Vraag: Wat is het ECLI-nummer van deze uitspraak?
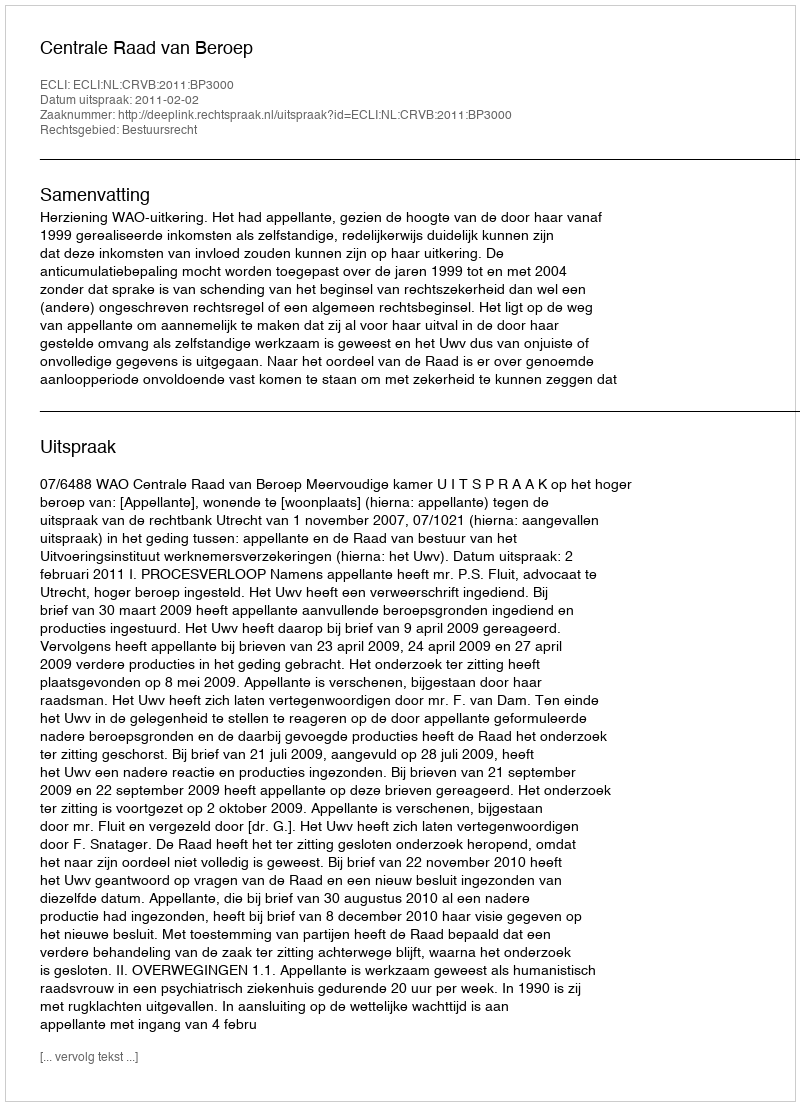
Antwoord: ECLI:NL:CRVB:2011:BP3000